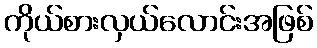
ကိုယ်စားလှယ်လောင်းအဖြစ်